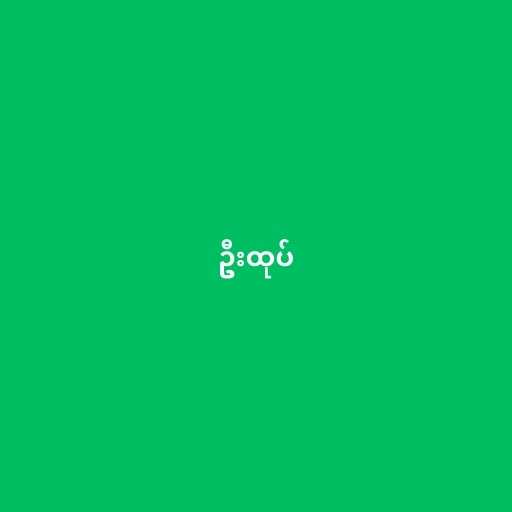
ဦးထုပ်